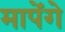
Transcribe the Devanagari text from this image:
मापेंगे